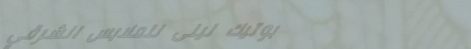
بوتيك ليلى للملابس الشرقي